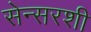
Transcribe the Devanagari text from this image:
सेन्सरशी